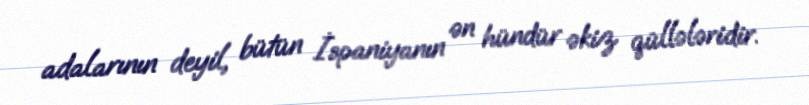
adalarının deyil, bütün İspaniyanın ən hündür əkiz qüllələridir.